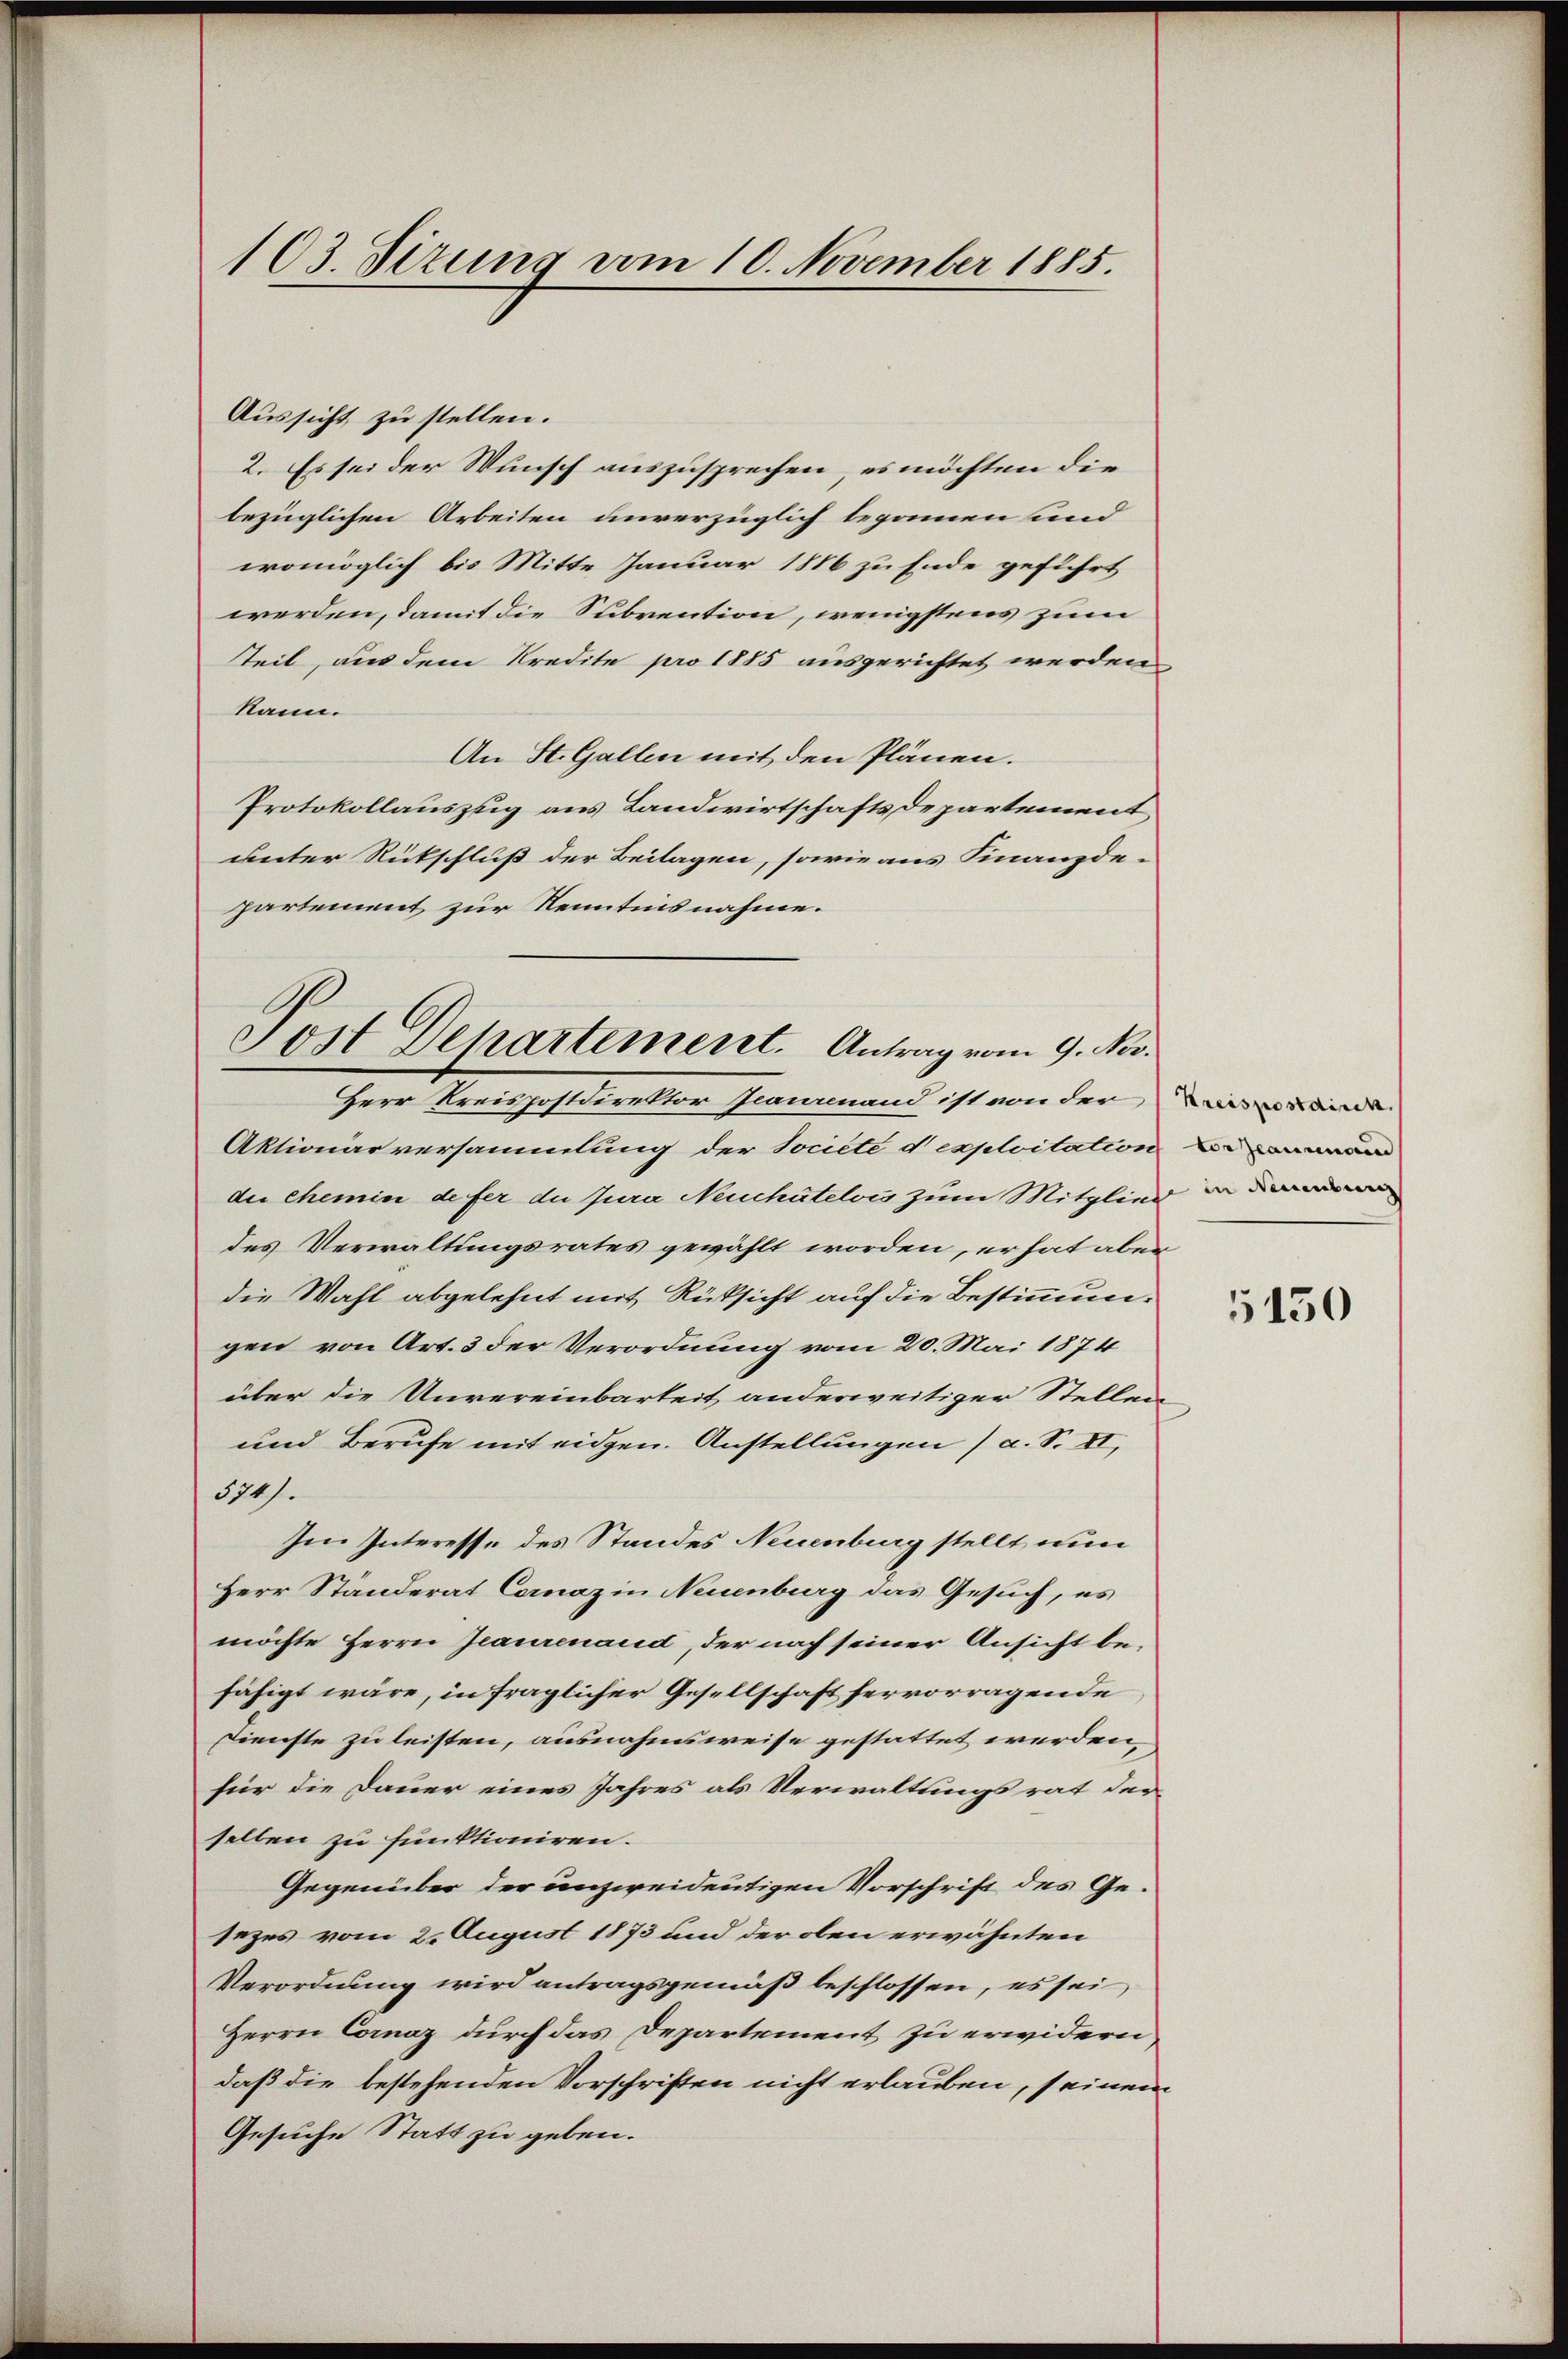
103. Sizung vom 10. November 1885.

Aussicht zu stellen.
2. Es sei der Wunsch auszusprechen, es möchten die
bezüglichen Arbeiten unverzüglich begonnen sind
womöglich bis Mitte Januar 1886 zu Ende geführt
werden, damit die Subvention, wenigstens zum
Teil, aus dem Kredite pro 1885 ausgerichtet werden
kann.
An St. Gallen mit den Plänen.
Protokollauszug aus Landwirtschaftsdepartement
unter Rückschluß der Beilagen, sowie aus Finanzde-
partement zur Kenntnisnahme.
Jost Departement. Antrag vom 9. Nov.

Herr Kreispostdirektor Jainand ist von der Warsverände
Aktionarversammlung der Societe d exploitation und
die Chemin de fer du Jura Neuchâtelois zum Mitglied d
des Verwaltungsrates gewählt worden, er hat aber
die Wahl abgelehnt mit Rüksicht auf die Bestimmungen von Art. 3 der Verordnung vom 20. Mai 1874
über die Unvereinbarteit anderweitiger Stellen
und Berufe mit eidgen. Anstellungen (a. S. II,
574).
Im Interesse des Standes Neuenburg stellt nun
Herr Standerat Coraz in Neuenburg das Gesuch, es
möchte Herrn Jeaurenaud, der nach seiner Ansicht be-
fähigt wäre, in fraglicher Gesellschaft hervorragende
Dienste zu leisten, ausnahmsweise gestattet werden,
für die Dauer eines Jahres als Verwaltungsrat der
selben zu funktioniren.
Gegenüber der unzweideutigen Vorschrift des Gesezes vom 2. August 1873 und der oben erwähnten
Verordnung wird antragsgemäß beschlossen, es sei
Herrn Cornaz durch das Departement zu erwidern,
daß die bestehenden Vorschriften nicht erlauben, seinem
Gesuche Statt zu geben.

5150